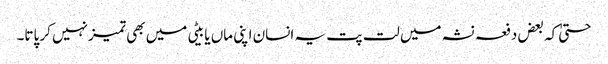
حتیٰ کہ بعض دفعہ نشہ میں لت پت یہ انسان اپنی ماں یا بیٹی میں بھی تمیزنہیں کر پاتا۔